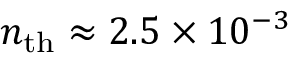
n _ { \mathrm { t h } } \approx 2 . 5 \times 1 0 ^ { - 3 }